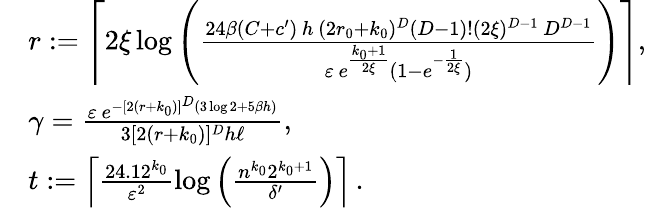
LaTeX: \begin{array}{rl}&{r:=\left\lceil 2\xi\log\left(\frac{24\beta(C+c^{\prime})\, h\, (2r_{0}+k_{0})^{D}(D-1)!(2\xi)^{D-1}\, D^{D-1}}{\varepsilon\, e^{\frac{k_{0}+1}{2\xi}}(1-e^{-\frac{1}{2\xi}})}\right)\right\rceil,}\\ &{\gamma=\frac{\varepsilon\, e^{-[2(r+k_{0})]^{D}(3\log 2+5\beta h)}}{3[2(r+k_{0})]^{D}h\ell},}\\ &{t:=\left\lceil\frac{24.12^{k_{0}}}{\varepsilon^{2}}\log\left(\frac{n^{k_{0}}2^{k_{0}+1}}{\delta^{\prime}}\right)\right\rceil\, .}\end{array}